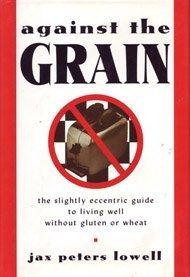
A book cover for Against the Grain: The Slightly Eccentric Guide to Living Well Without Gluten or Wheat; Jax Peters Lowell; Health, Fitness & Dieting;